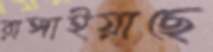
রাঙ্গাইয়াছে